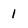
Character: 1